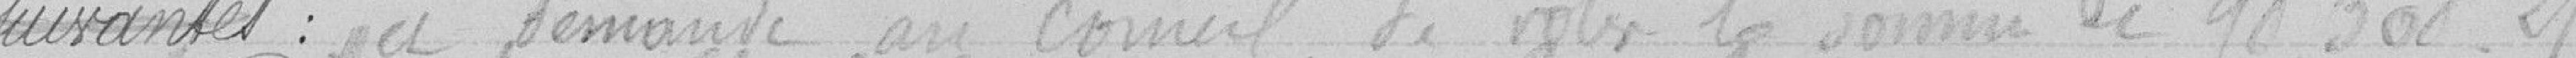
suivantes ; demande au Conseil de voter la somme de 98.308,21